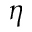
\eta